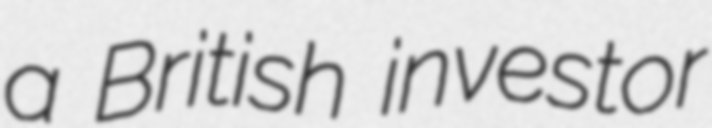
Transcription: a British investor